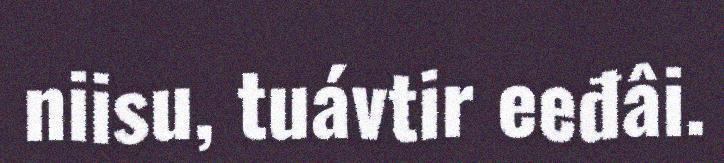
niisu, tuávtir eeđâi.